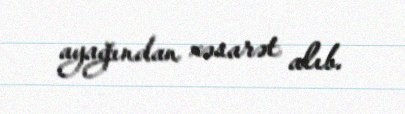
ayağından xəsarət alıb.